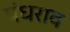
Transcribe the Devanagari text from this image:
पंधराव